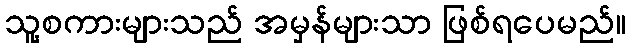
သူ့စကားများသည် အမှန်များသာ ဖြစ်ရပေမည်။